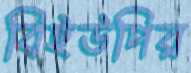
বিইউপির